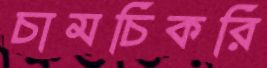
চামচিকরি